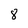
Character: 8